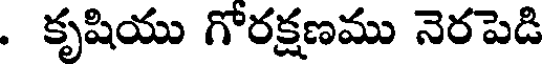
. కృషియు గోరక్షణము నెరపెడి